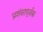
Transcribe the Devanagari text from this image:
प्रशंसापूर्वक